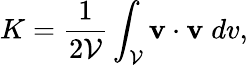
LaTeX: K=\frac{1}{2{\mathcal V}}\int_{\mathcal V}{\mathbf{v}}\cdot{\mathbf{v}}\; dv,